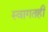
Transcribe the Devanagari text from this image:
स्वागतही